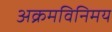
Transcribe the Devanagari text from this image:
अक्रमविनिमय